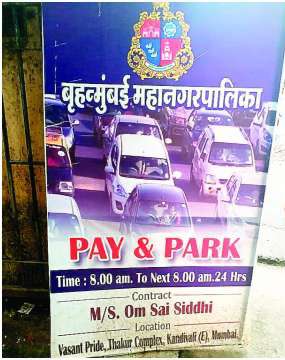
Language: marathi
Transcription: महानगरपालिका बृहन्मुंबई